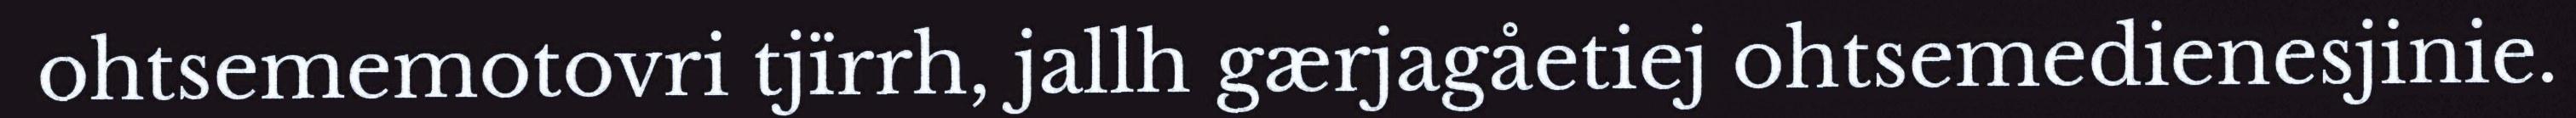
ohtsememotovri tjïrrh, jallh gærjagåetiej ohtsemedienesjinie.